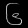
Digit: ၆